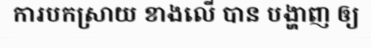
ការបកស្រាយ ខាងលើ បាន បង្ហាញ ឲ្យ